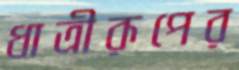
ধাত্রীরূপের